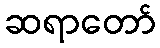
ဆရာတော်